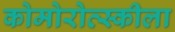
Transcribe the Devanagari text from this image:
कोमोरोव्स्कीला